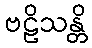
ဗဠိသန္တိ